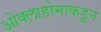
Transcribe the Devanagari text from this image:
ओक्लाहोमाकडून